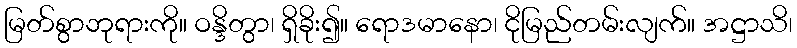
မြတ်စွာဘုရားကို။ ဝန္ဒိတွာ၊ ရှိခိုး၍။ ရောဒမာနော၊ ငိုမြည်တမ်းလျက်။ အဋ္ဌာသိ၊